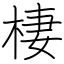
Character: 棲